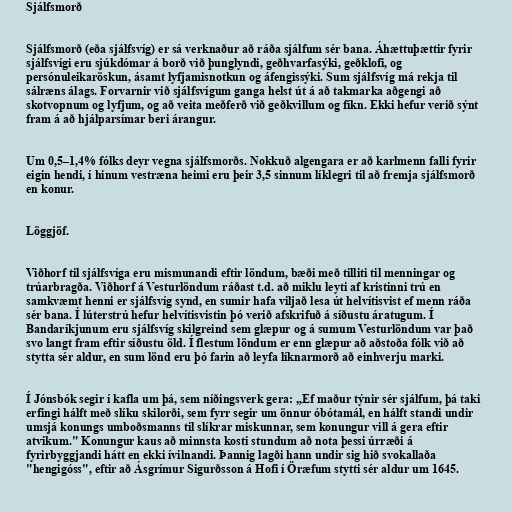
Sjálfsmorð

Sjálfsmorð (eða sjálfsvíg) er sá verknaður að ráða sjálfum sér bana. Áhættuþættir fyrir
sjálfsvígi eru sjúkdómar á borð við þunglyndi, geðhvarfasýki, geðklofi, og
persónuleikaröskun, ásamt lyfjamisnotkun og áfengissýki. Sum sjálfsvíg má rekja til
sálræns álags. Forvarnir við sjálfsvígum ganga helst út á að takmarka aðgengi að
skotvopnum og lyfjum, og að veita meðferð við geðkvillum og fíkn. Ekki hefur verið sýnt
fram á að hjálparsímar beri árangur.

Um 0,5–1,4% fólks deyr vegna sjálfsmorðs. Nokkuð algengara er að karlmenn falli fyrir
eigin hendi, í hinum vestræna heimi eru þeir 3,5 sinnum líklegri til að fremja sjálfsmorð
en konur.

Löggjöf.

Viðhorf til sjálfsvíga eru mismunandi eftir löndum, bæði með tilliti til menningar og
trúarbragða. Viðhorf á Vesturlöndum ráðast t.d. að miklu leyti af kristinni trú en
samkvæmt henni er sjálfsvíg synd, en sumir hafa viljað lesa út helvítisvist ef menn ráða
sér bana. Í lúterstrú hefur helvítisvistin þó verið afskrifuð á síðustu áratugum. Í
Bandaríkjunum eru sjálfsvíg skilgreind sem glæpur og á sumum Vesturlöndum var það
svo langt fram eftir síðustu öld. Í flestum löndum er enn glæpur að aðstoða fólk við að
stytta sér aldur, en sum lönd eru þó farin að leyfa líknarmorð að einhverju marki.

Í Jónsbók segir í kafla um þá, sem níðingsverk gera: „Ef maður týnir sér sjálfum, þá taki
erfingi hálft með slíku skilorði, sem fyrr segir um önnur óbótamál, en hálft standi undir
umsjá konungs umboðsmanns til slíkrar miskunnar, sem konungur vill á gera eftir
atvikum." Konungur kaus að minnsta kosti stundum að nota þessi úrræði á
fyrirbyggjandi hátt en ekki ívilnandi. Þannig lagði hann undir sig hið svokallaða
"hengigóss", eftir að Ásgrímur Sigurðsson á Hofi í Öræfum stytti sér aldur um 1645.